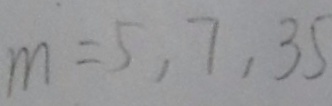
m = 5 , 7 , 3 5 ,